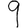
Digit: 9